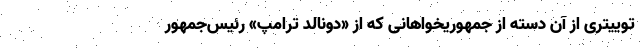
توییتری از آن دسته از جمهوریخواهانی که از «دونالد ترامپ» رئیس‌جمهور